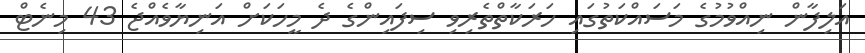
އަލިފާން ނިއްވުމުގެ މަސައްކަތުގައި ހަރަކާތްތެރިވި ސިފައިންގެ ދެ މީހަކަށް އަނިޔާވެއްޖެ 43 މިނެޓް